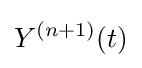
Y^{(n+1)}(t)